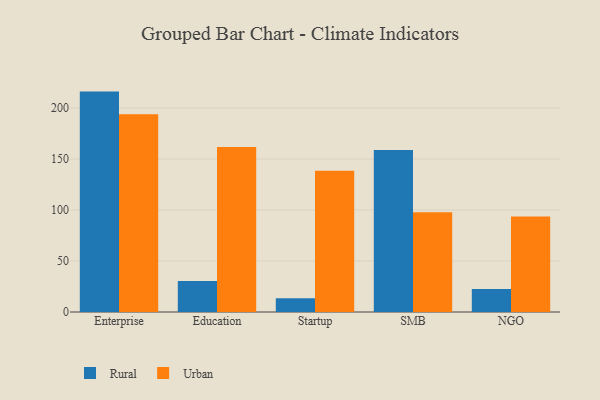
{"axis": {"x": "Segment", "y": "Churn Rate (%)"}, "legend": ["Rural", "Urban"], "data": [{"x": "Enterprise", "y": 216.1, "type": "Rural"}, {"x": "Enterprise", "y": 193.9, "type": "Urban"}, {"x": "Education", "y": 30.4, "type": "Rural"}, {"x": "Education", "y": 161.7, "type": "Urban"}, {"x": "Startup", "y": 13.4, "type": "Rural"}, {"x": "Startup", "y": 138.4, "type": "Urban"}, {"x": "SMB", "y": 158.9, "type": "Rural"}, {"x": "SMB", "y": 97.8, "type": "Urban"}, {"x": "NGO", "y": 22.6, "type": "Rural"}, {"x": "NGO", "y": 93.6, "type": "Urban"}]}